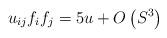
LaTeX: \begin{align*}u_{ij}f_{i}f_{j}=5u+O\left( S^{3}\right) \end{align*}